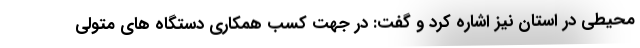
محیطی در استان نیز اشاره کرد و گفت: در جهت کسب همکاری دستگاه های متولی